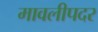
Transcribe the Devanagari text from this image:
मावलीपदर